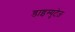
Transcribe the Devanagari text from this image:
डाइम्युटेज़